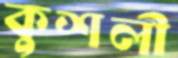
কুশলী